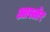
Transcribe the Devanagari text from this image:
आस्तोर